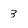
Character: 3